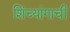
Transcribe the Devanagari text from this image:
शिंच्यांगाची